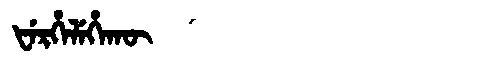
Manchu: ᡶᡝᡵᡥᡝᠯᡝᡥᠠᡴᡡ
Romanization: FERHELEHAKŪ